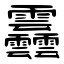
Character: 䨺